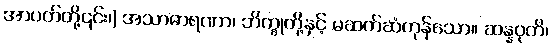
အာပတ်တို့၎င်း၊) အသာဓာရဏာ၊ ဘိက္ခုတို့နှင့် မဆက်ဆံကုန်သော။ ဆန္နဝုတိ၊